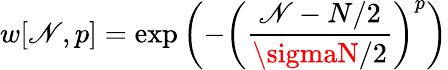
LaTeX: w[\mathscr{N},p]=\exp\left(-\left({\frac{{\mathscr{N}-N/2}}{{\sigmaN/2}}}\right)^{p}\right)